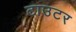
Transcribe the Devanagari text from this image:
टाउटर